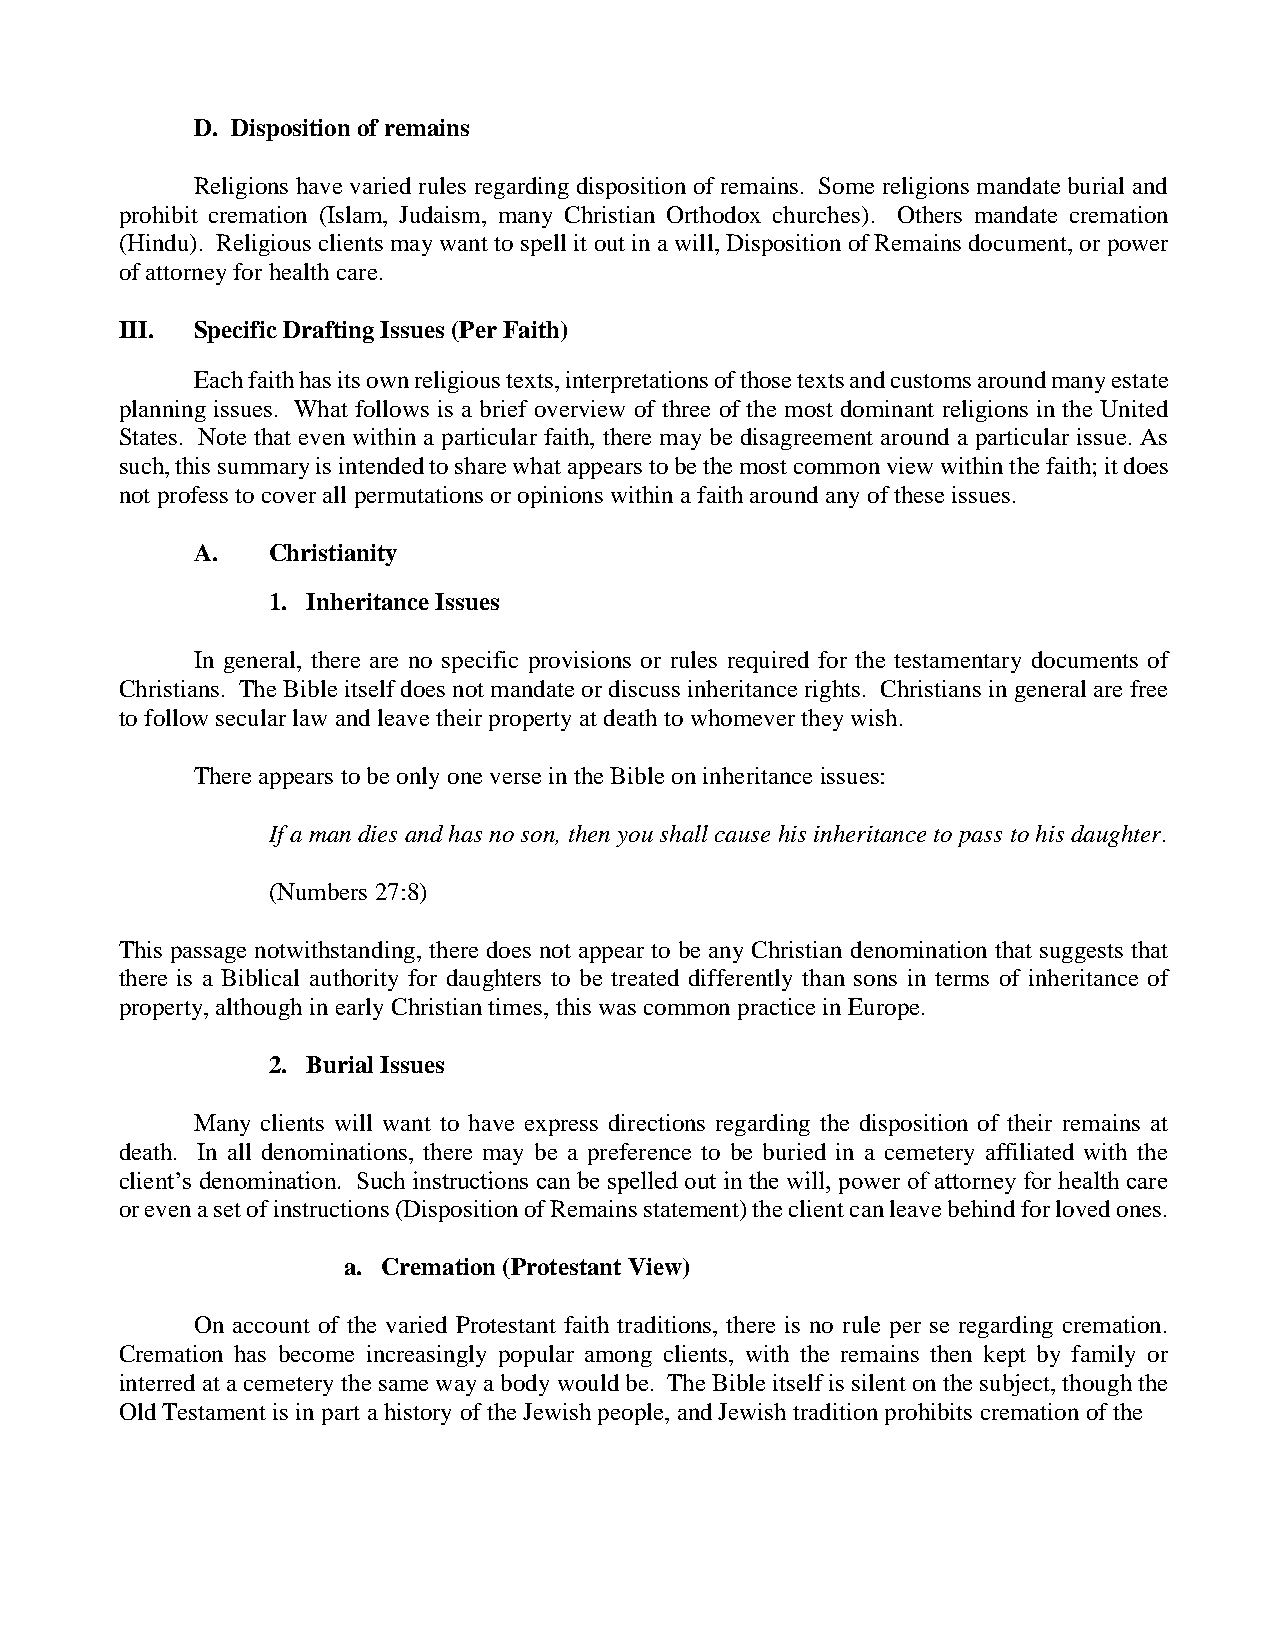
D. Disposition of remains
 Religions have varied rules regarding disposition of remains. Some religions mandate burial and
 prohibit cremation (Islam, Judaism, many Christian Orthodox churches). Others mandate cremation
 (Hindu). Religious clients may want to spell it out in a will, Disposition of Remains document, or power
 of attorney for health care.
 III. Specific Drafting Issues (Per Faith)
 Each faith has its own religious texts, interpretations of those texts and customs around many estate
 planning issues. What follows is a brief overview of three of the most dominant religions in the United
 States. Note that even within a particular faith, there may be disagreement around a particular issue. As
 such, this summary is intended to share what appears to be the most common view within the faith; it does
 not profess to cover all permutations or opinions within a faith around any of these issues.
 A.   Christianity
 1. Inheritance Issues
 In general, there are no specific provisions or rules required for the testamentary documents of
 Christians. The Bible itself does not mandate or discuss inheritance rights. Christians in general are free
 to follow secular law and leave their property at death to whomever they wish.
 There appears to be only one verse in the Bible on inheritance issues:
 If a man dies and has no son, then you shall cause his inheritance to pass to his daughter.
 (Numbers 27:8)
 This passage notwithstanding, there does not appear to be any Christian denomination that suggests that
 there is a Biblical authority for daughters to be treated differently than sons in terms of inheritance of
 property, although in early Christian times, this was common practice in Europe.
 2. Burial Issues
 Many clients will want to have express directions regarding the disposition of their remains at
 death. In all denominations, there may be a preference to be buried in a cemetery affiliated with the
 client’s denomination. Such instructions can be spelled out in the will, power of attorney for health care
 or even a set of instructions (Disposition of Remains statement) the client can leave behind for loved ones.
 a. Cremation (Protestant View)
 On account of the varied Protestant faith traditions, there is no rule per se regarding cremation.
 Cremation has become increasingly popular among clients, with the remains then kept by family or
 interred at a cemetery the same way a body would be. The Bible itself is silent on the subject, though the
 Old Testament is in part a history of the Jewish people, and Jewish tradition prohibits cremation of the